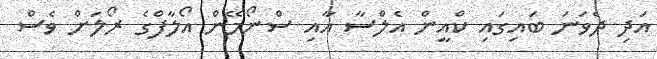
އަދި ދެވަނަ ބައިގައި ކްއީން އެލްސާ އާއި ސްނޯމޭން އޯލާފްގެ ރޯލަށް ވެސް